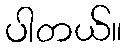
ပါတယ်။